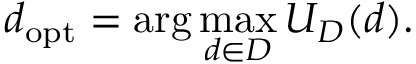
d _ { \mathrm { o p t } } = \arg \operatorname* { m a x } _ { d \in D } U _ { D } ( d ) .